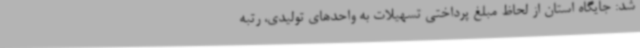
شد: جایگاه استان از لحاظ مبلغ پرداختی تسهیلات به واحدهای تولیدی، رتبه